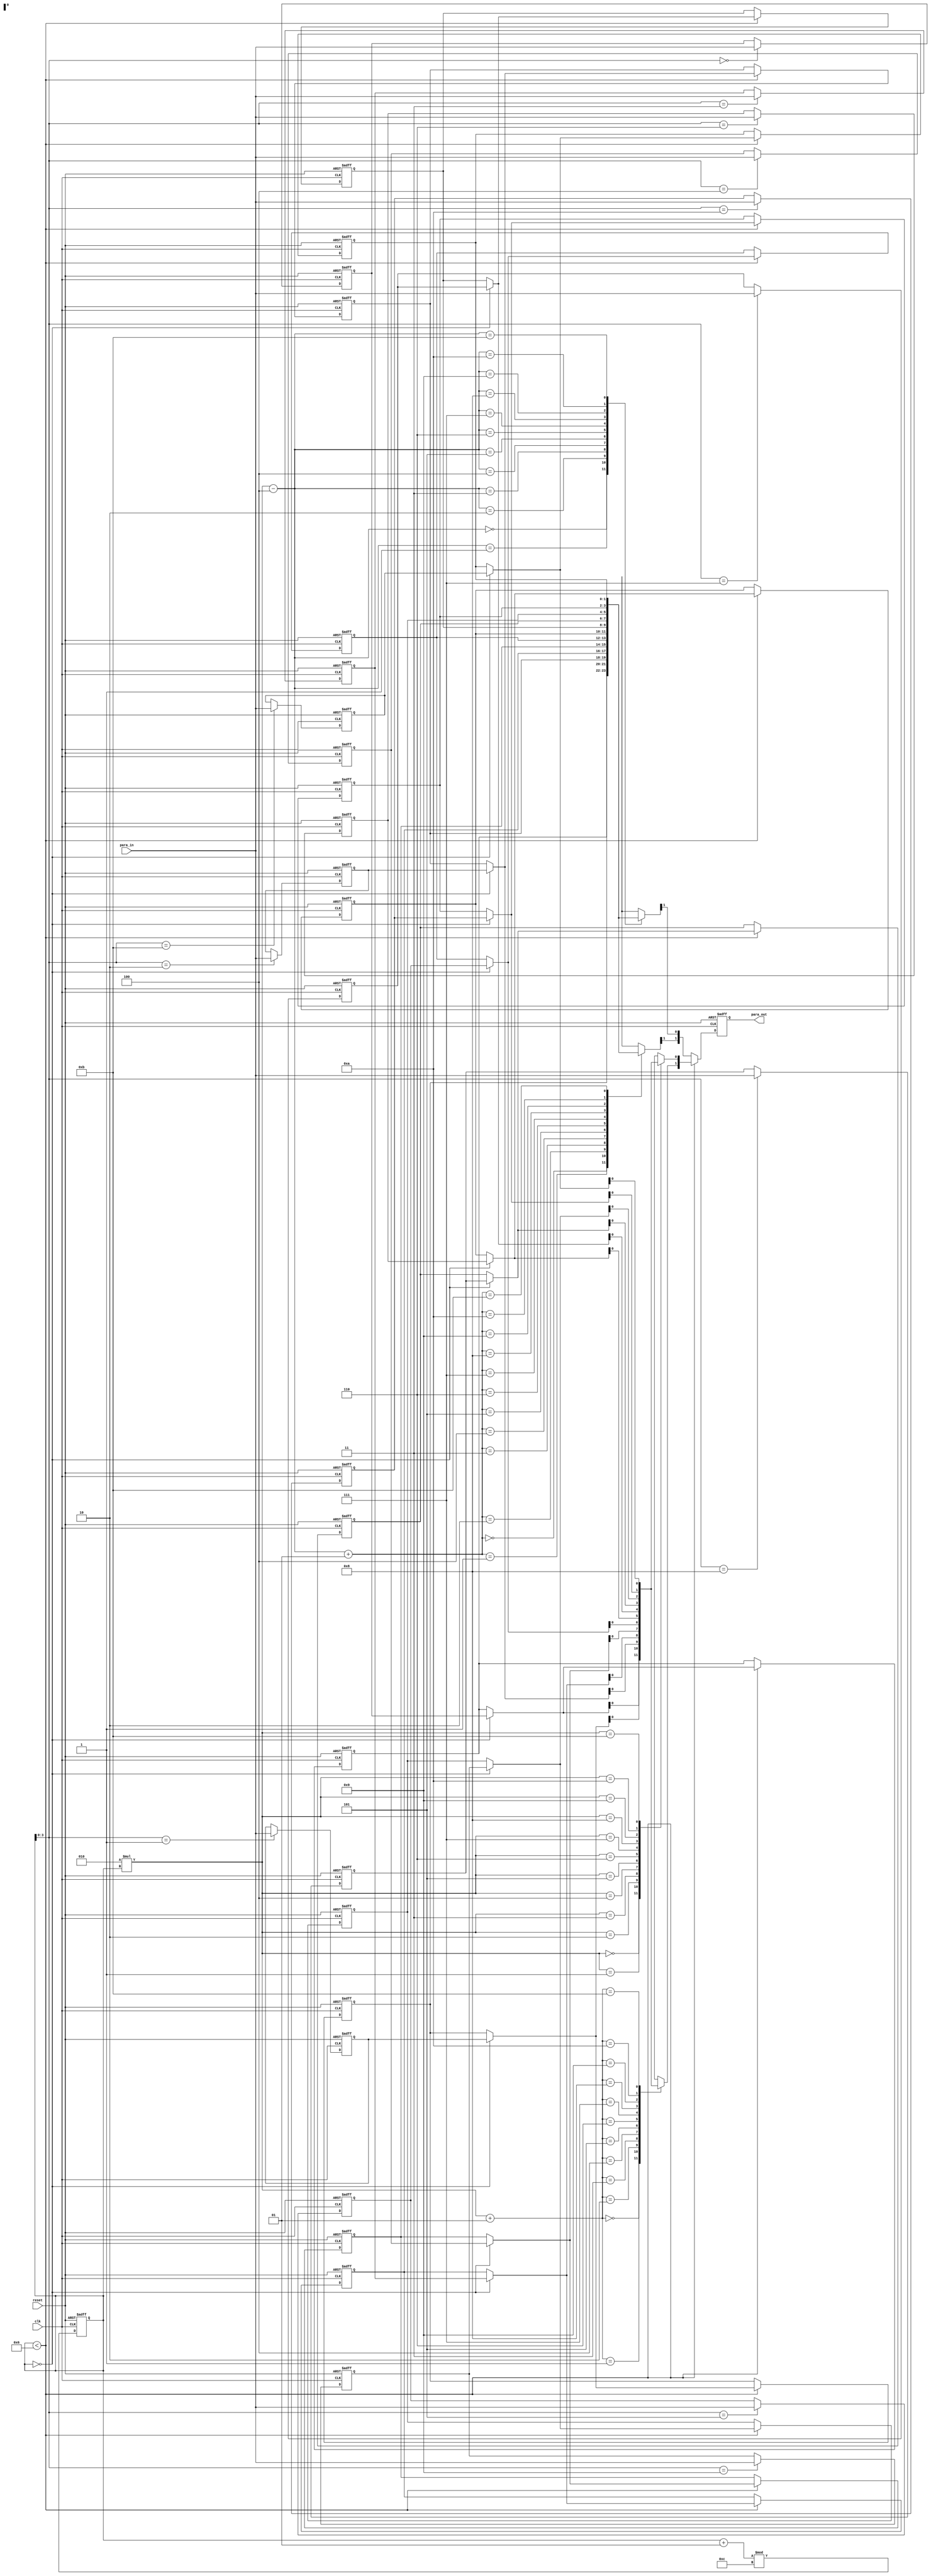
`timescale 1ns / 1ps

module Interleaver(clk,reset,para_in,para_out);
    parameter depth = 12;
    input clk;
    input reset;
    input[1:0] para_in;
    output[1:0] para_out;
    reg[1:0] mem_in[0:depth-1];
    reg[1:0] mem_out[0:depth-1];
    reg[1:0] outreg;
    integer row_in;
    assign para_out = outreg;
    integer i;

    initial begin
        row_in = 0;
        for(i = 0; i<depth; i = i + 1) begin
               mem_in[i] <= 2'b 00;
               mem_out[i] <= 2'b 00;
        end
    end
    always @(posedge clk or negedge reset) begin
        if (!reset) begin
            row_in = 0;
            for(i = 0; i<depth; i = i + 1) begin
               mem_in[i] <= 2'b 00;
               mem_out[i] <= 2'b 00;
               outreg <= 2'b 00;
            end
        end
        else begin
            if(row_in < depth/2) begin
                if(row_in == 0) begin
                    for(i = 0; i<depth; i = i + 1) begin
                        mem_out[i] = mem_in[i];
                    end
                end
                outreg = {mem_out[2*row_in+1][0],mem_out[2*row_in][0]};
            end
            else begin
                outreg = {mem_out[2*row_in-depth+1][1],mem_out[2*row_in-depth][1]};
            end
            mem_in[row_in] = para_in;
            row_in = (row_in+1)%depth;
        end
    end

endmodule